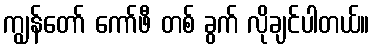
ကျွန်တော် ကော်ဖီ တစ် ခွက် လိုချင်ပါတယ်။